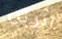
اترين